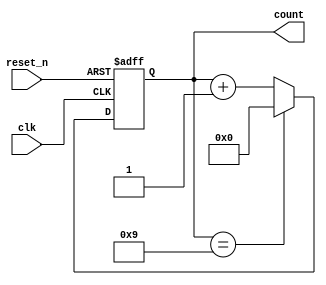
module BCD_Asynchronous_Counter (
    input wire clk,          // Clock input
    input wire reset_n,     // Asynchronous active-low reset
    output reg [3:0] count   // 4-bit output for BCD count
);

// Asynchronous reset and counter logic
always @(posedge clk or negedge reset_n) begin
    if (!reset_n) begin
        count <= 4'b0000; // Reset count to 0
    end else begin
        if (count == 4'b1001) begin
            count <= 4'b0000; // Reset to 0 when count is 10 (1010)
        end else begin
            count <= count + 1; // Increment count
        end
    end
end

endmodule